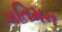
ગતિમન